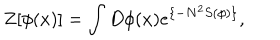
Z [ \phi ( x ) ] = \int D \phi ( x ) e ^ { \{ - N ^ { 2 } S ( \phi ) \} } ,